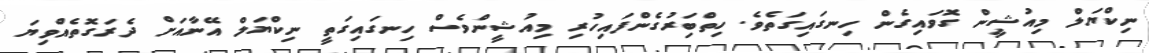
ނިކްޔަލް މިއުޝީން ގޮވައިގެން ހިނގައިގަތެވެ. ހިތްބަިރުގެންފައިހުރި މިއުޝީންވެސް ހިނގައިގަތީ ނިކްޔަލް އޭނާއަށް ދެރަގޮތެއްވިޔަ